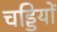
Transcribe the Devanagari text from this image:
चड्डियों